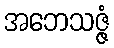
အဘေသဇ္ဇံ